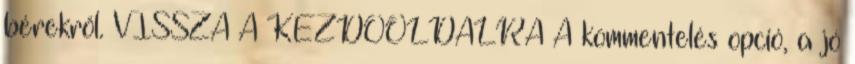
bérekről. VISSZA A KEZDŐOLDALRA A kommentelés opció, a jó